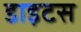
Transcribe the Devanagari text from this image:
डाइटस